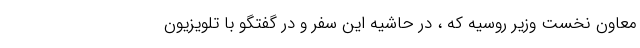
معاون نخست وزیر روسیه که ، در حاشیه این سفر و در گفتگو با تلویزیون